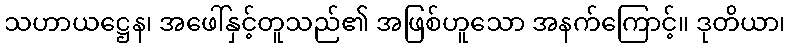
သဟာယဋ္ဌေန၊ အဖေါ်နှင့်တူသည်၏ အဖြစ်ဟူသော အနက်ကြောင့်။ ဒုတိယာ၊